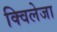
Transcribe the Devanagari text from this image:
क्विलेजा